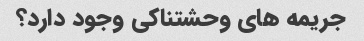
جریمه های وحشتناکی وجود دارد؟